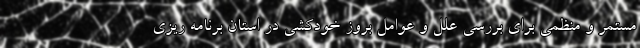
مستمر و منظمی برای بررسی علل و عوامل بروز خودکشی در استان برنامه ریزی